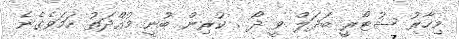
މިހާރު ސުޓޯރީ ބަދަލް ވީ ދޯ . ކުރިން ބުނީ މުއްދަތު ހަމަވެގެނެ